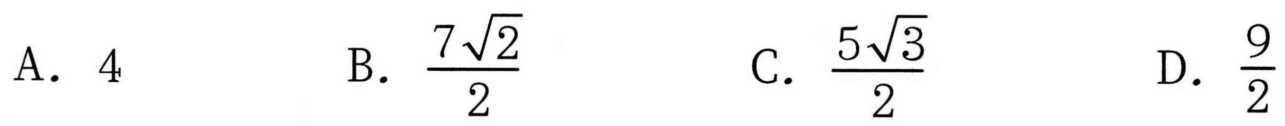
A. \(4\)  \(\qquad\) B. \(\frac{7\sqrt{2}}{2}\)  \(\qquad\) C. \(\frac{5\sqrt{3}}{2}\)  \(\qquad\) D. \(\frac{9}{2}\)